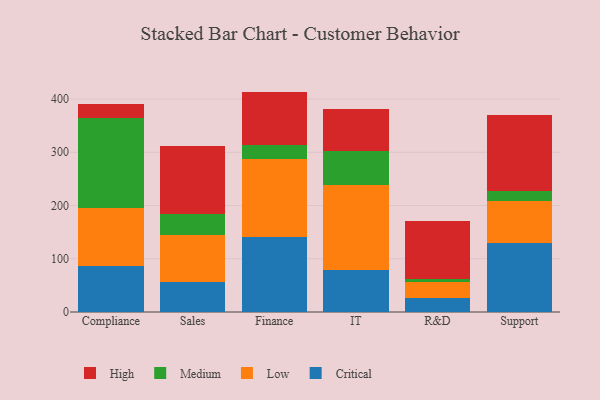
{"axis": {"x": "Department", "y": "LTV (USD)"}, "legend": ["Critical", "High", "Low", "Medium"], "data": [{"x": "Compliance", "y": 85.7, "type": "Critical"}, {"x": "Compliance", "y": 110.1, "type": "Low"}, {"x": "Compliance", "y": 168.8, "type": "Medium"}, {"x": "Compliance", "y": 26.1, "type": "High"}, {"x": "Sales", "y": 56.4, "type": "Critical"}, {"x": "Sales", "y": 87.9, "type": "Low"}, {"x": "Sales", "y": 40.0, "type": "Medium"}, {"x": "Sales", "y": 128.0, "type": "High"}, {"x": "Finance", "y": 141.1, "type": "Critical"}, {"x": "Finance", "y": 146.9, "type": "Low"}, {"x": "Finance", "y": 25.0, "type": "Medium"}, {"x": "Finance", "y": 101.0, "type": "High"}, {"x": "IT", "y": 78.8, "type": "Critical"}, {"x": "IT", "y": 159.7, "type": "Low"}, {"x": "IT", "y": 63.6, "type": "Medium"}, {"x": "IT", "y": 79.8, "type": "High"}, {"x": "R&D", "y": 26.8, "type": "Critical"}, {"x": "R&D", "y": 28.8, "type": "Low"}, {"x": "R&D", "y": 7.0, "type": "Medium"}, {"x": "R&D", "y": 107.8, "type": "High"}, {"x": "Support", "y": 130.5, "type": "Critical"}, {"x": "Support", "y": 77.8, "type": "Low"}, {"x": "Support", "y": 18.2, "type": "Medium"}, {"x": "Support", "y": 143.7, "type": "High"}]}